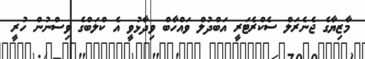
މާޒިޔާގެ ޖެނެރަލް ސެކްރެޓަރީ އަބްދުލް ވައްހާބް ވިދާޅުވީ އެ ކްލަބްގެ ވިސްނުން ހުރީ